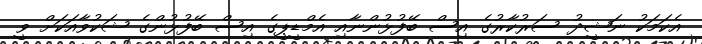
އެކަމަކު ނަޝީދު ސަރުކާރުގެ އިސް ބޭފުޅުންނާއި އެމްޑީޕީގެ އިސް ބޭފުޅުންގެ ޝަކުވާއަކަށް ވީ